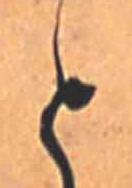
と